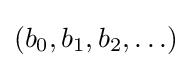
(b_{0},b_{1},b_{2},\ldots )